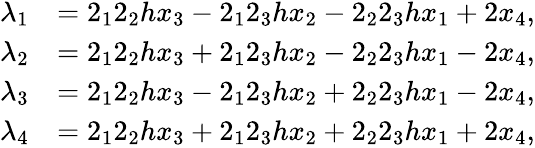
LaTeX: \begin{array}{rl}{\lambda_{1}}&{=2_{1}2_{2}hx_{3}-2_{1}2_{3}hx_{2}-2_{2}2_{3}hx_{1}+2x_{4},}\\ {\lambda_{2}}&{=2_{1}2_{2}hx_{3}+2_{1}2_{3}hx_{2}-2_{2}2_{3}hx_{1}-2x_{4},}\\ {\lambda_{3}}&{=2_{1}2_{2}hx_{3}-2_{1}2_{3}hx_{2}+2_{2}2_{3}hx_{1}-2x_{4},}\\ {\lambda_{4}}&{=2_{1}2_{2}hx_{3}+2_{1}2_{3}hx_{2}+2_{2}2_{3}hx_{1}+2x_{4},}\end{array}